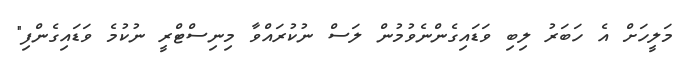
މަލީހަށް އެ ހަބަރު ލިބި ވަޑައިގެންނެވުމުން ލަސް ނުކުރައްވާ މިނިސްޓްރީ ނުކުމެ ވަޑައިގެންފި"